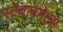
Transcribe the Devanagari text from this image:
स्टेबलमेट्स